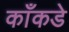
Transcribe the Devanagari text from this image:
काँकडे